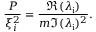
\frac { P } { \xi _ { i } ^ { 2 } } = \frac { \Re ( \lambda _ { \mathrm { i } } ) } { m \Im ( \lambda _ { \mathrm { i } } ) ^ { 2 } } .